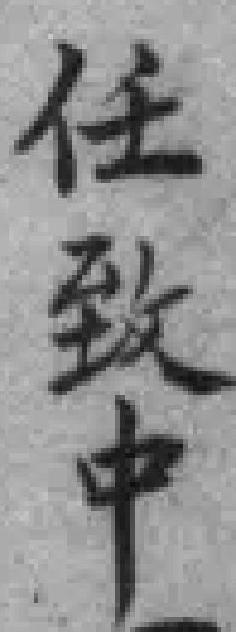
任致中